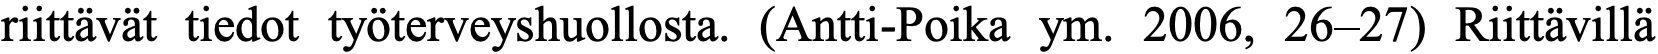
riittävät tiedot työterveyshuollosta. (Antti-Poika ym. 2006, 26–27) Riittävillä